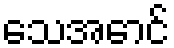
သေအောင်